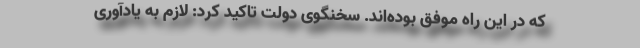
که در این راه موفق بوده‌اند. سخنگوی دولت تاکید کرد: لازم به یادآوری